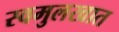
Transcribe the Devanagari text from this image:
स्वमुलखात